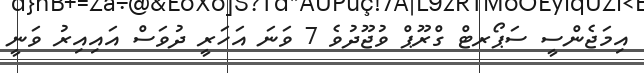
އިމަޖެންސީ ސަޕޯރޓް ގްރޫޕް ވުޖޫދުވެ 7 ވަނަ އަހަރީ ދުވަސް އައިއިރު ވަނީ